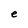
Character: e